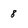
Character: 8